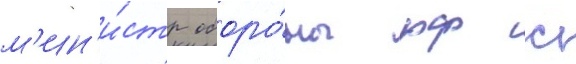
м'ин'и́стр оборо́ны рф с